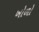
ખોળો